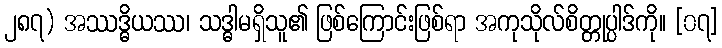
၂၈၇) အဿဒ္ဓိယဿ၊ သဒ္ဓါမရှိသူ၏ ဖြစ်ကြောင်းဖြစ်ရာ အကုသိုလ်စိတ္တုပ္ပါဒ်ကို။ [၀၇]